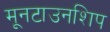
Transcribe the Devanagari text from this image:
मूनटाउनशिप